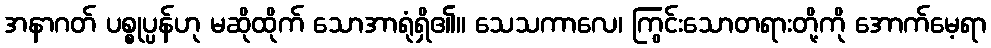
အနာဂတ် ပစ္စုပ္ပန်ဟု မဆိုထိုက် သောအာရုံရှိ၏။ သေသကာလေ၊ ကြွင်းသောတရားတို့ကို အောက်မေ့ရာ